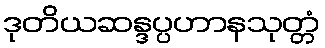
ဒုတိယဆန္ဒပ္ပဟာနသုတ္တံ